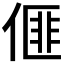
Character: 𠌨